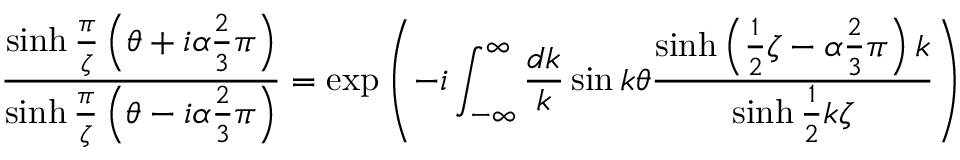
\frac { \sinh \frac { \pi } { \zeta } \left( \theta + i \alpha \frac { 2 } { 3 } \pi \right) } { \sinh \frac { \pi } { \zeta } \left( \theta - i \alpha \frac { 2 } { 3 } \pi \right) } = \exp \left( - i \int _ { - \infty } ^ { \infty } \frac { d k } { k } \sin k \theta \frac { \sinh \left( \frac { 1 } { 2 } \zeta - \alpha \frac { 2 } { 3 } \pi \right) k } { \sinh \frac { 1 } { 2 } k \zeta } \right)